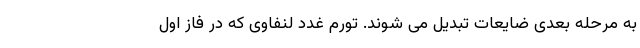
به مرحله بعدی ضایعات تبدیل می شوند. تورم غدد لنفاوی که در فاز اول